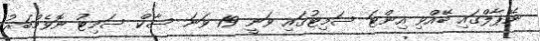
ނޭޕާލްގައި ބޭއްވި އިންޓަ ސަމިޓުގައި ވަނީ 19 ވަނަ ސާކް ސަމިޓު ނޮވެމްބަރު